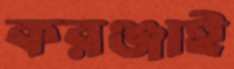
করঞ্জাই